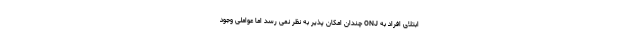
ابتلای افراد به ONJ چندان امکان پذیر به نظر نمی رسد اما عواملی وجود